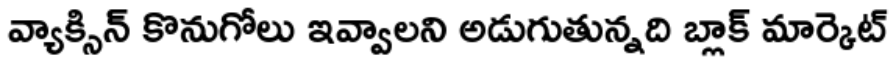
వ్యాక్సిన్ కొనుగోలు ఇవ్వాలని అడుగుతున్నది బ్లాక్ మార్కెట్